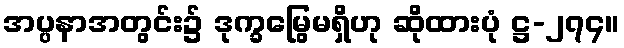
အပ္ပနာအတွင်း၌ ဒုက္ခမြွေမရှိဟု ဆိုထားပုံ ဋ္ဌ-၂၇၄။